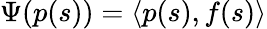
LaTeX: \begin{array}{r}{\Psi(p(s))=\langle p(s),f(s)\rangle}\end{array}